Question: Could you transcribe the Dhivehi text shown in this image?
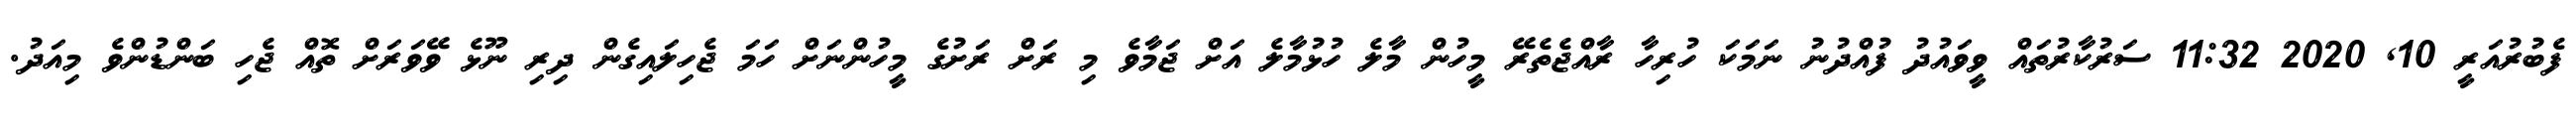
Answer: ފެބުރުއަރީ 10, 2020 11:32 ސަރުކާރުތައް ވީވައުދު ފުއްދުނު ނަމަކަ ހުރިހާ ރާއްޖެތެރޭ މީހުން މާލެ ހުޅުމާލެ އަށް ޖަމާވެ މި ރަށް ރަށުގެ މީހުންނަށް ހަމަ ޖެހިލައިގެން ދިރި ނޫޅެ ވޭވަރަށް ތޮއް ޖެހި ބަންޑުންވެ މިއަދު.